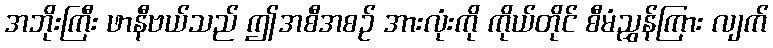
အဘိုးကြီး ဖာနီဗယ်သည် ဤအစီအစဉ် အားလုံးကို ကိုယ်တိုင် စီမံညွှန်ကြား လျက်